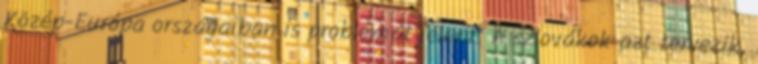
Közép-Európa országaiban is problémát jelent. A szlovákok azt tervezik,